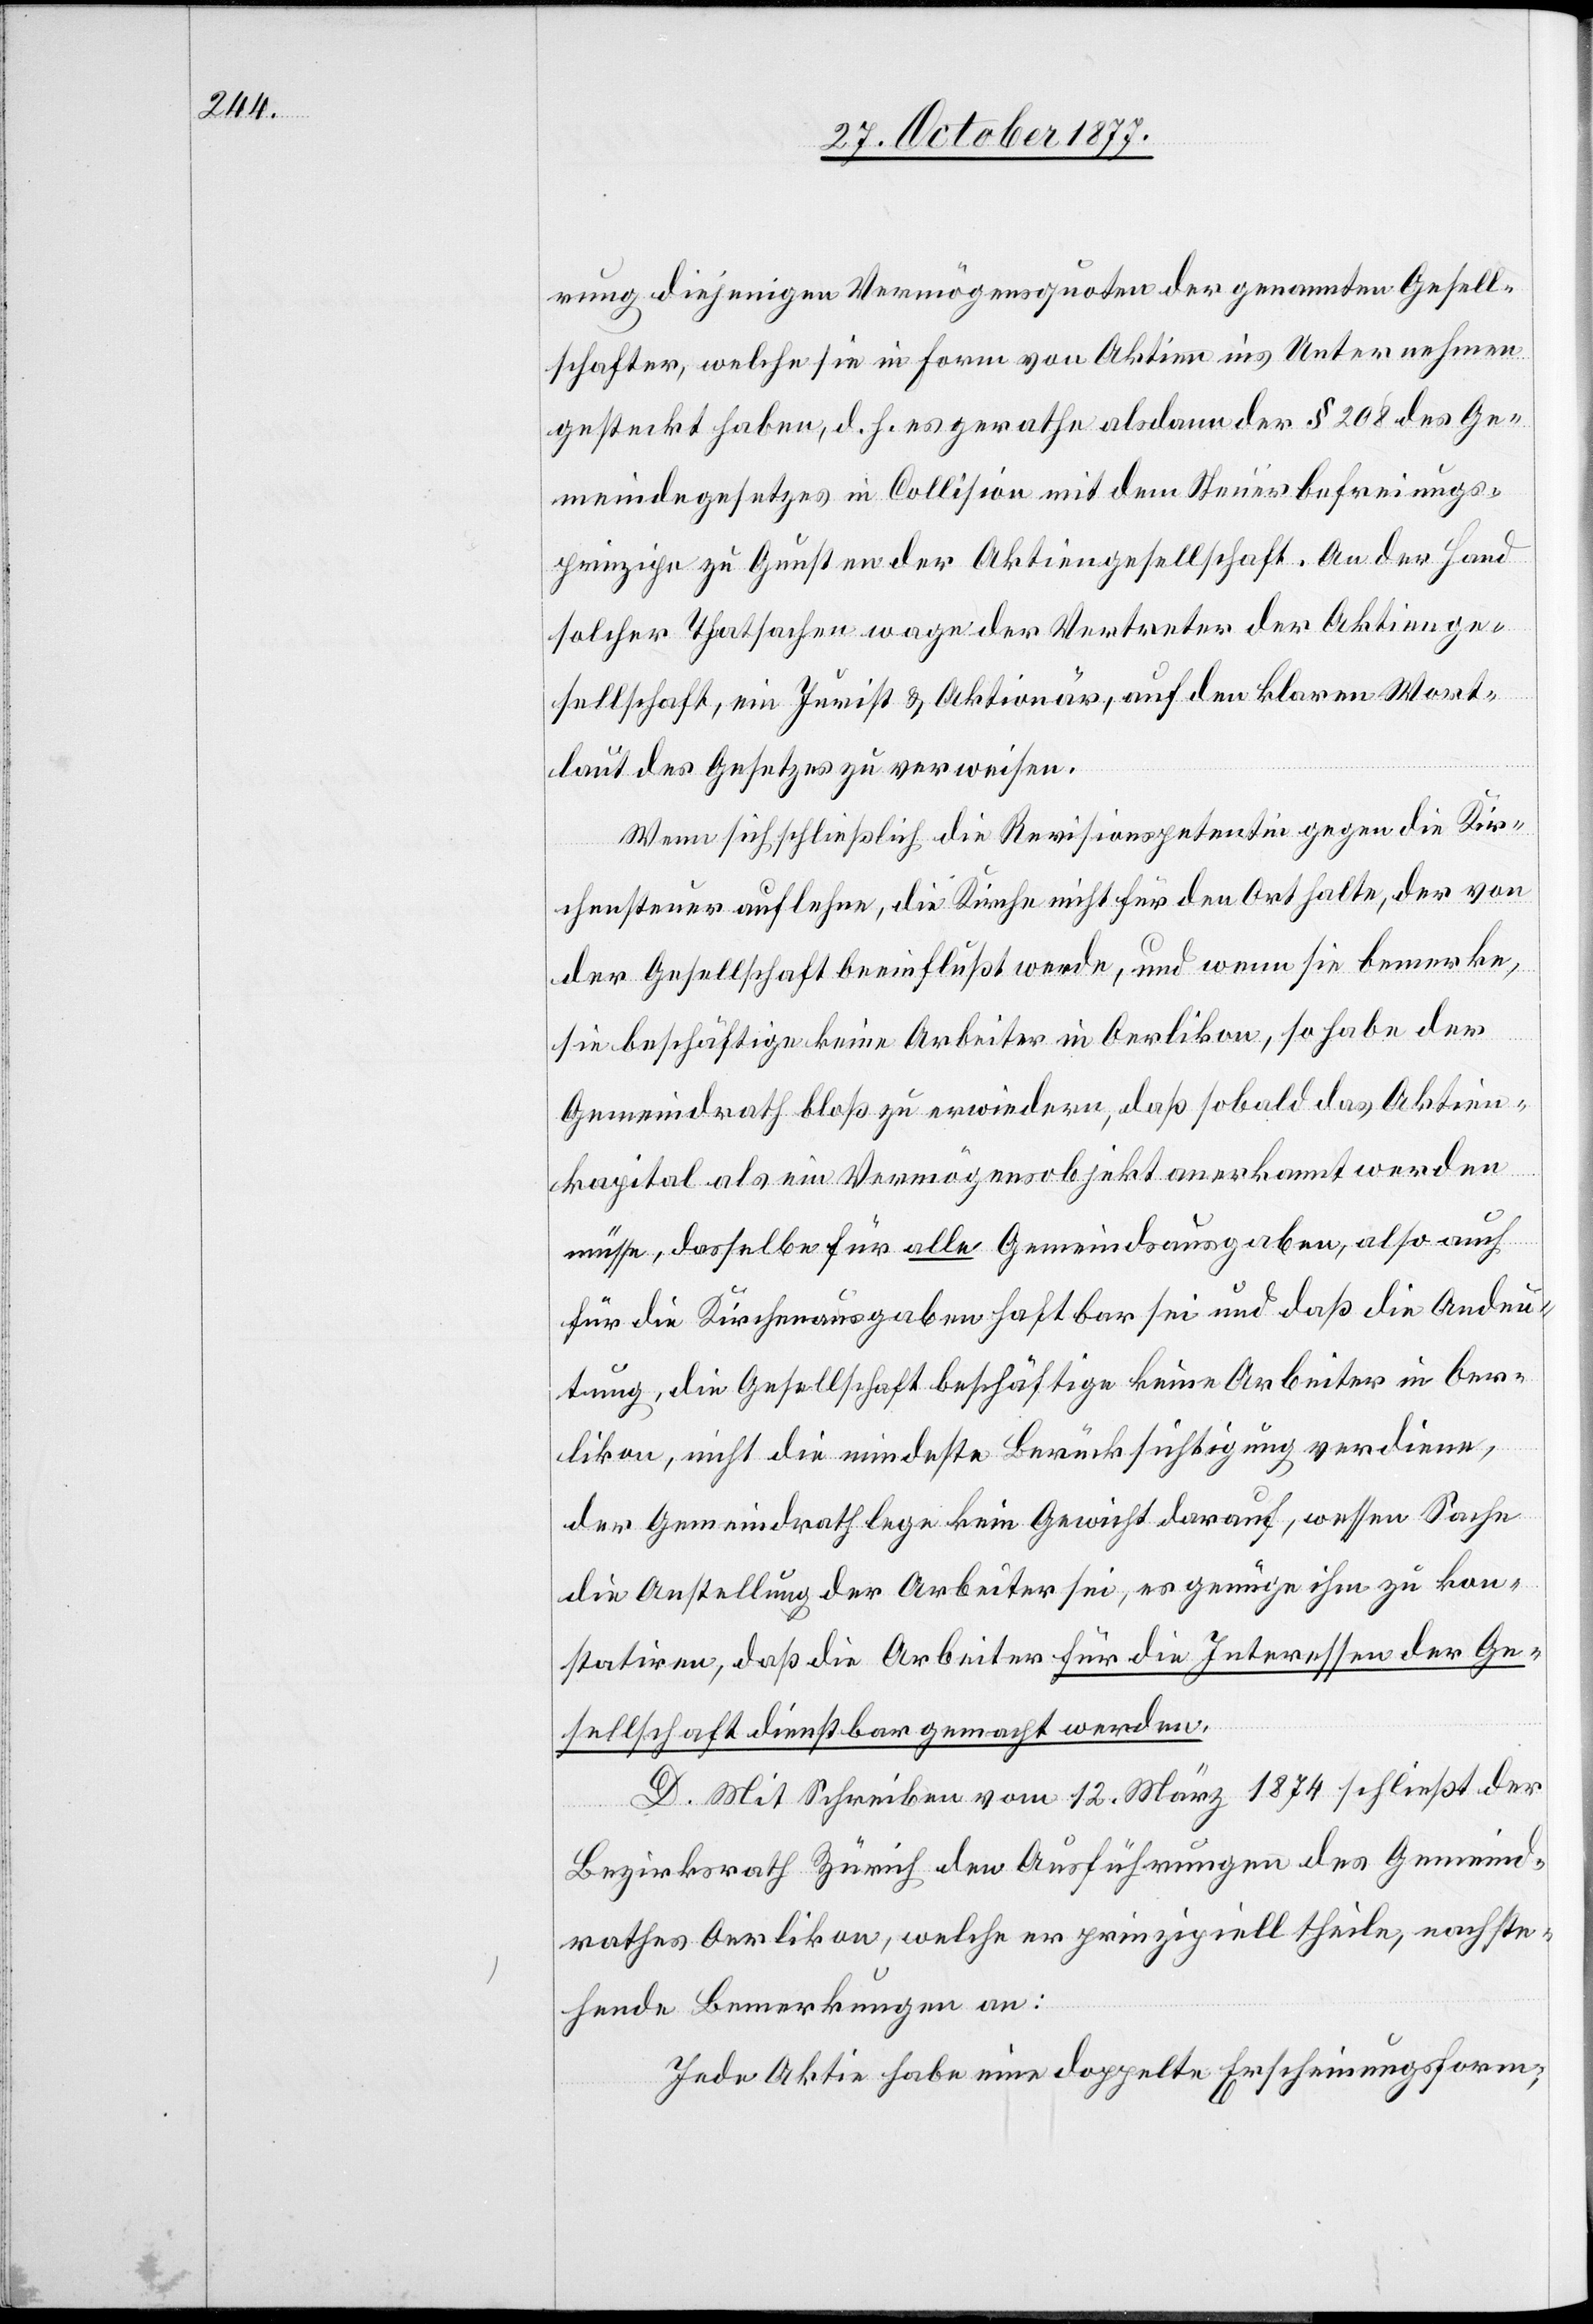
rung diejenigen Vermögensquoten der genannten Gesell¬
schafter, welche sie in Form von Aktien ins Unternehmen
gesteckt haben, d. h. es gerathe alsdann der § 208 des Ge¬
meindegesetzes in Collision mit dem Steuerbefreiungs¬
prinzipe zu Gunsten der Aktiengesellschaft. An der Hand
solcher Thatsachen wage der Vertreter der Aktienge¬
sellschaft, ein Jurist & Aktionär, auf den klaren Wort¬
laut des Gesetzes zu verweisen.
Wenn sich schließlich die Revisionspetentin gegen die Kir¬
chensteuer auflehne, die Kirche nicht für den Ort halte, der von
der Gesellschaft beeinflußt werde, und wenn sie bemerke,
sie beschäftige keine Arbeiter in Oerlikon, so habe der
Gemeindrath bloß zu erwiedern, daß sobald das Aktien¬
kapital als ein Vermögensobjekt anerkannt werden
müsse, dasselbe für alle Gemeindsausgaben, also auch
für die Kirchenausgaben haftbar sei und daß die Andeu¬
tung, die Gesellschaft beschäftige keine Arbeiter in Oer¬
likon, nicht die mindeste Berücksichtigung verdiene,
der Gemeindrath lege kein Gewicht darauf, wessen Sache
die Anstellung der Arbeiter sei, es genüge ihm zu kon¬
statiren, daß die Arbeiter für die Interessen der Ge¬
sellschaft dienstbar gemacht werden.
D. Mit Schreiben vom 12. März 1874 schließt der
Bezirksrath Zürich den Ausführungen des Gemeind¬
rathes Oerlikon, welche er prinzipiell theile, nachste¬
hende Bemerkungen an:
Jede Aktie habe eine doppelte Erscheinungsform;